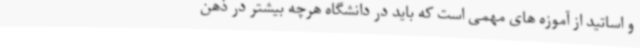
و اساتید از آموزه های مهمی است که باید در دانشگاه هرچه بیشتر در ذهن